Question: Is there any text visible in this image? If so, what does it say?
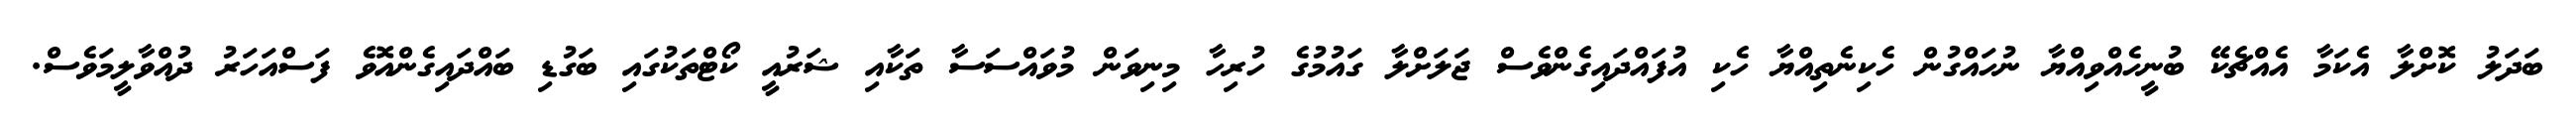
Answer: ބަދަލު ކޮށްލާ އެކަމާ އެއްޗެކޭ ބުނީހެއްވިއްޔާ ނުހައްގުން ހެކިނެތިއްޔާ ހެކި އުފައްދައިގެންވެސް ޖަލަށްލާ ގައުމުގެ ހުރިހާ މިނިވަން މުވައްސަސާ ތަކާއި ޝަރުއީ ކޯޓްތަކުގައި ބަގުޑި ބައްދައިގެންއޮވެ ފަސްއަހަރު ދުއްވާލީމަވެސް.